65_HS1-834228961_62-HQ-83894_Section_9
Agency: FBI
Page 35
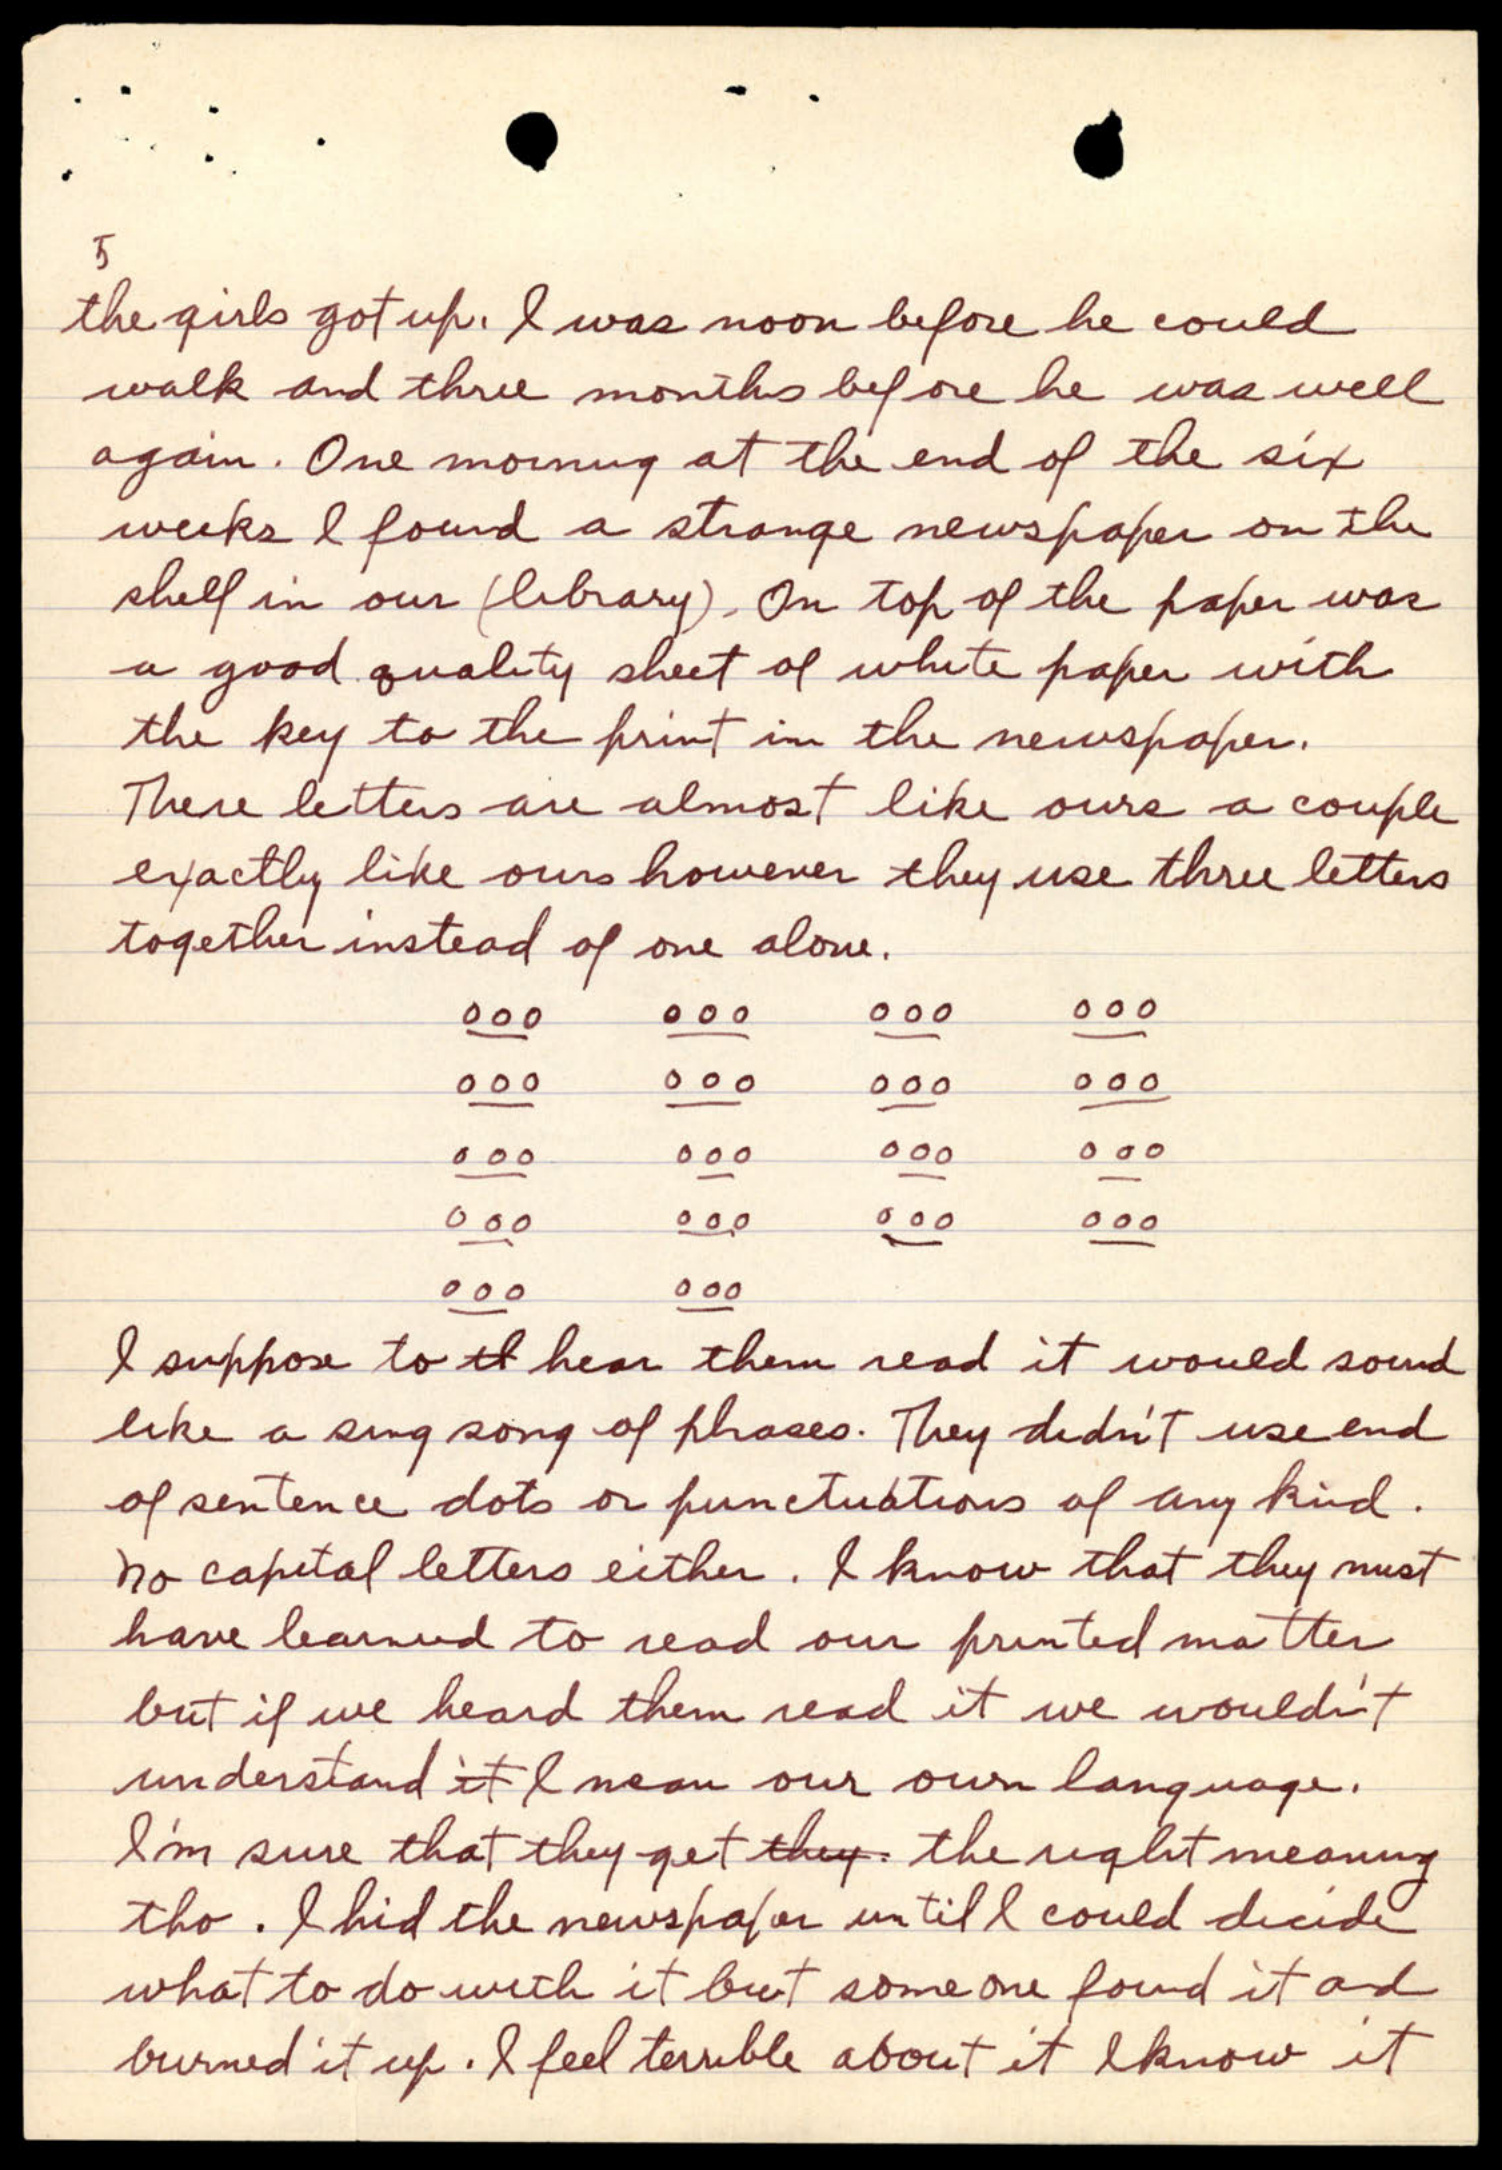